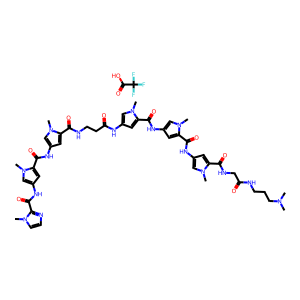
SMILES: CN(C)CCCNC(=O)CNC(=O)c1cc(NC(=O)c2cc(NC(=O)c3cc(NC(=O)CCNC(=O)c4cc(NC(=O)c5cc(NC(=O)c6nccn6C)cn5C)cn4C)cn3C)cn2C)cn1C.O=C(O)C(F)(F)F
Inhibits HIV replication: No